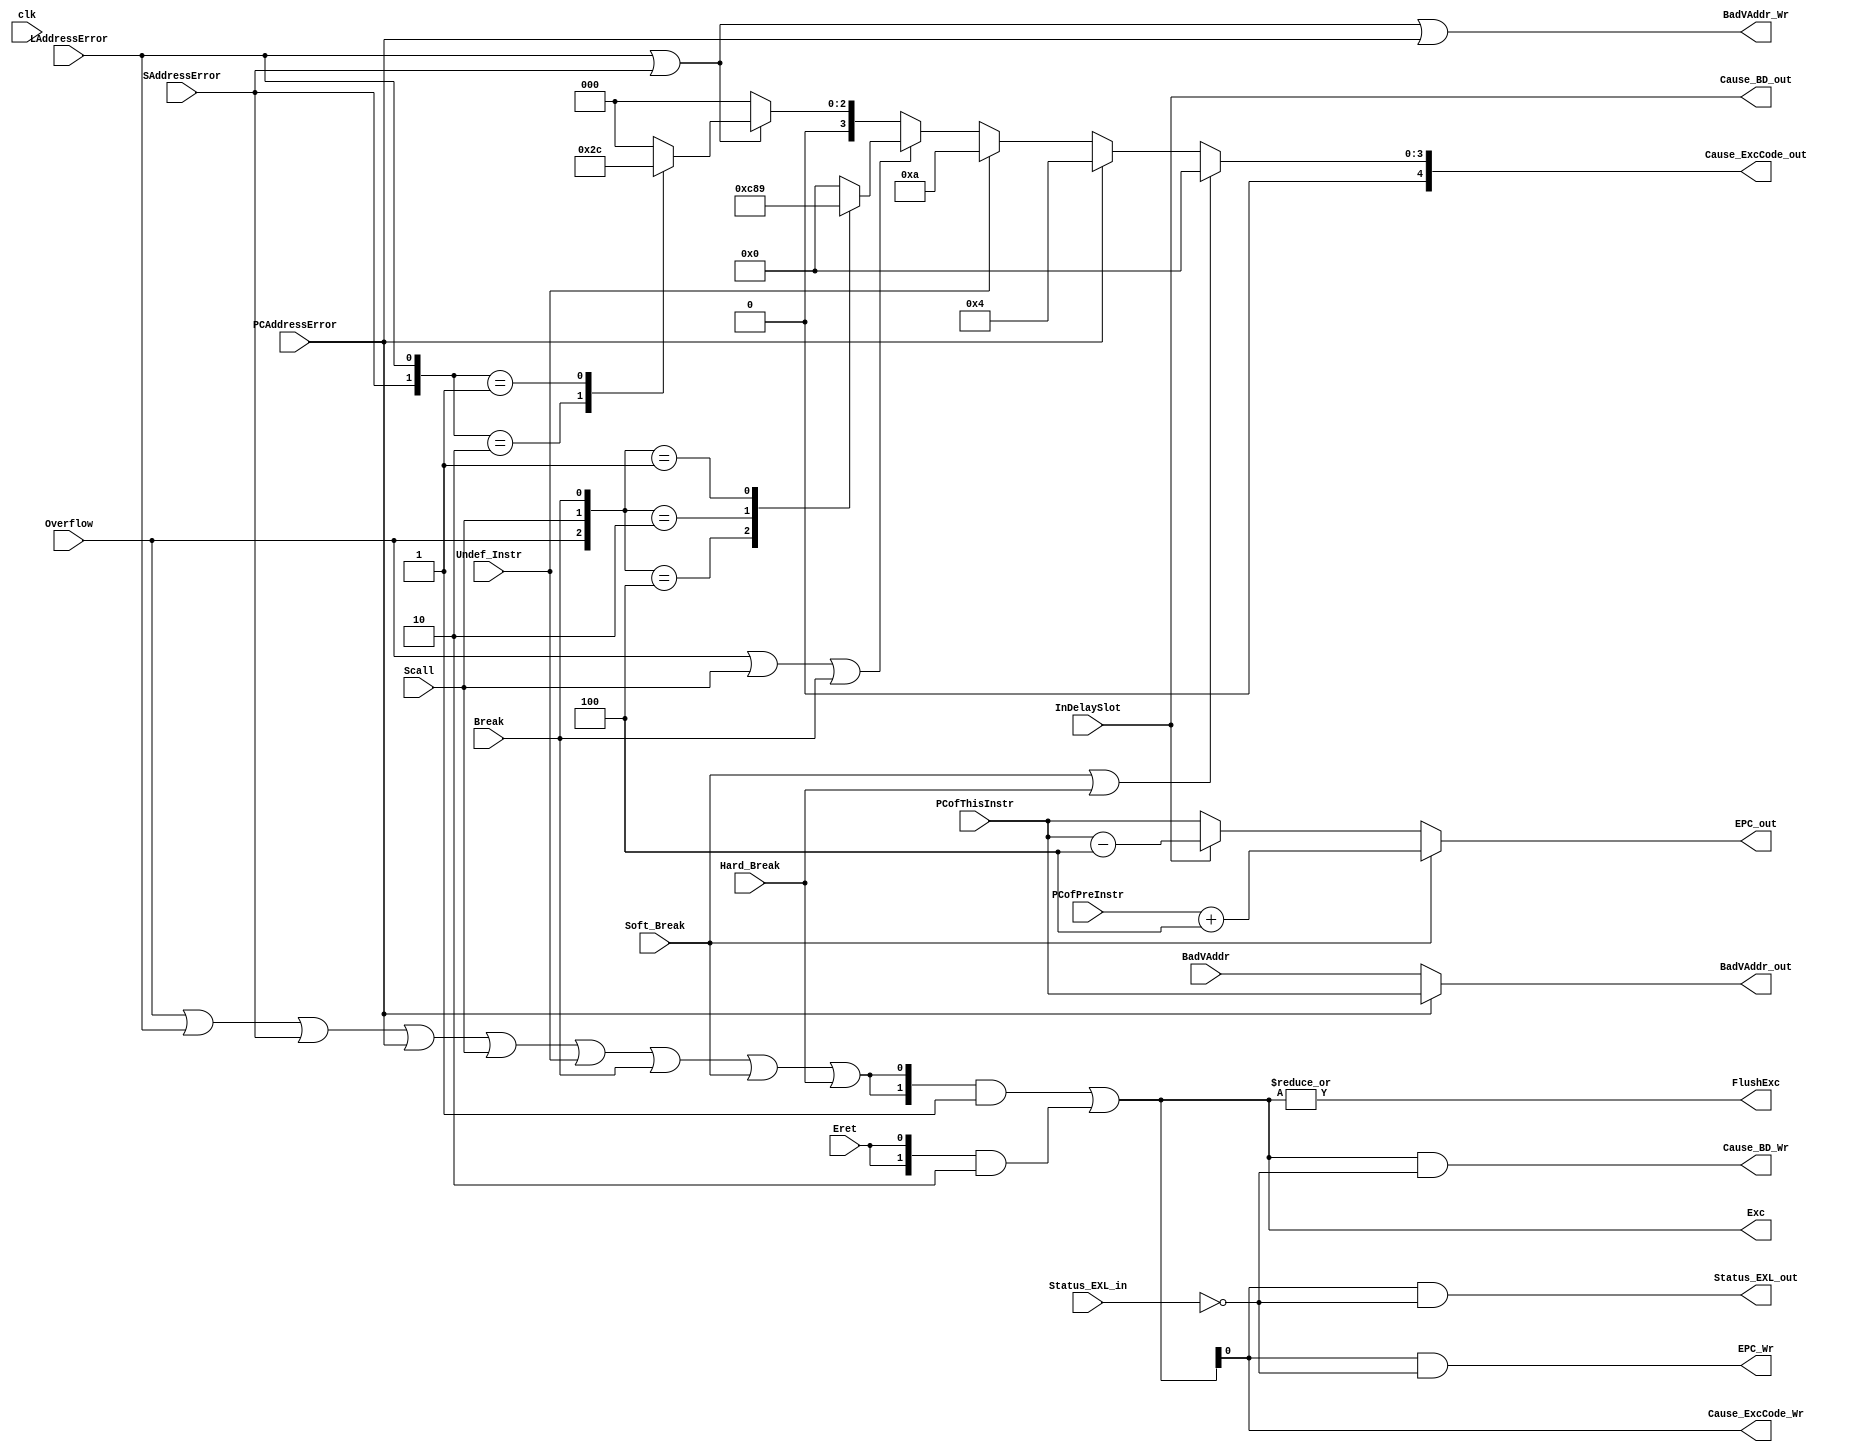
module EXCEPTION(clk,Status_EXL_in,Overflow,SAddressError,LAddressError,InDelaySlot,PCAddressError,PCofThisInstr,PCofPreInstr,BadVAddr,Scall,Undef_Instr,Break,Soft_Break,Hard_Break,Eret,
	Exc,FlushExc,BadVAddr_Wr,BadVAddr_out,Status_EXL_out,Cause_BD_Wr,Cause_BD_out,Cause_ExcCode_Wr,
	Cause_ExcCode_out,EPC_Wr,EPC_out);
input clk;
input Overflow;
input InDelaySlot;
input PCAddressError;
input Scall;
input Break;
input Undef_Instr;
input LAddressError,SAddressError;
input Status_EXL_in;
input[31:0] BadVAddr;
input[31:0] PCofThisInstr,PCofPreInstr;
input Soft_Break,Hard_Break;
input Eret;

output [1:0] Exc;
output FlushExc;
output EPC_Wr,Cause_BD_Wr,BadVAddr_Wr,Cause_ExcCode_Wr;
output Status_EXL_out,Cause_BD_out;
output reg[4:0] Cause_ExcCode_out;
output[31:0] BadVAddr_out,EPC_out;

assign FlushExc = |Exc;
assign Exc = ({2{Overflow|LAddressError|SAddressError|PCAddressError|Scall|Undef_Instr|Break|Soft_Break|Hard_Break}}&2'b01)
			|({2{Eret}}&2'b10);
//01 :380  10:epc
assign EPC_Wr=(Exc[0])&(~Status_EXL_in);
assign Cause_BD_Wr=Exc&&(~Status_EXL_in);//
assign Cause_ExcCode_Wr=Exc;
assign Status_EXL_out=Exc[0]&&(~Status_EXL_in);
assign BadVAddr_Wr=LAddressError|SAddressError|PCAddressError;
assign Cause_BD_out=InDelaySlot;
assign EPC_out=Soft_Break ? PCofPreInstr + 4 : (InDelaySlot ? PCofThisInstr-4 : PCofThisInstr);
assign BadVAddr_out=(PCAddressError ? PCofThisInstr : BadVAddr);

/*	
always @(int or PCAddressError or Undef_Instr or Overflow or Scall or Break or SAddressError or LAddressError)
begin
	if(|int)
		Cause_ExcCode_out=5'b0;
	else if(PCAddressError)
		Cause_ExcCode_out=5'b00100;
	else if(Undef_Instr)
		Cause_ExcCode_out=5'b01010;
	else if(Overflow|Scall|Break)
		case({Overflow,Scall,Break})
			3'b100:
				Cause_ExcCode_out=5'b01100;
			3'b010:
				Cause_ExcCode_out=5'b01000;
			3'b001:
				Cause_ExcCode_out=5'b01001;
			default:
				Cause_ExcCode_out=5'b00000;
		endcase
	else if(SAddressError|LAddressError)
		case({SAddressError,LAddressError})
			2'b10:
				Cause_ExcCode_out=5'b00101;
			2'b01:
				Cause_ExcCode_out=5'b00100;
			default:
				Cause_ExcCode_out=5'b00000;
		endcase
	else
		Cause_ExcCode_out=5'b00000;
end

endmodule
*/
always @(PCAddressError or Undef_Instr or Overflow or Scall or Break or SAddressError or LAddressError or Soft_Break or Hard_Break)
begin
	if(Soft_Break | Hard_Break)
		Cause_ExcCode_out=5'b0;
	else if(PCAddressError)
		Cause_ExcCode_out=5'b00100;
	else if(Undef_Instr)
		Cause_ExcCode_out=5'b01010;
	else if(Overflow|Scall|Break)
		case({Overflow,Scall,Break})
			3'b100:
				Cause_ExcCode_out=5'b01100;
			3'b010:
				Cause_ExcCode_out=5'b01000;
			3'b001:
				Cause_ExcCode_out=5'b01001;
			default:
				Cause_ExcCode_out=5'b00000;
		endcase
	else if(SAddressError|LAddressError)
		case({SAddressError,LAddressError})
			2'b10:
				Cause_ExcCode_out=5'b00101;
			2'b01:
				Cause_ExcCode_out=5'b00100;
			default:
				Cause_ExcCode_out=5'b00000;
		endcase
	else
		Cause_ExcCode_out=5'b00000;
end

endmodule